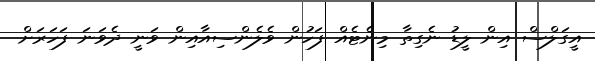
އީގަލްސް އިން ލީޑު ނެގިތާ މިނެޓެއް ފަހުން ވެލެންސިއާއިން ވަނީ ދެވަނަ ފަހަރަށް